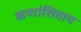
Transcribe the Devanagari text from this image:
ऋणांशिवाय